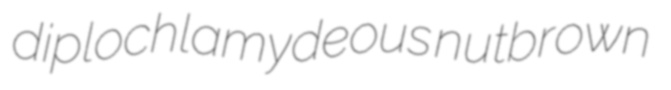
diplochlamydeous nutbrown